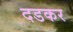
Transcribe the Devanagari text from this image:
दडकर